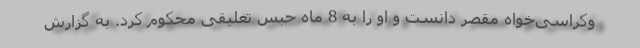
وکراسی‌خواه مقصر دانست و او را به 8 ماه حبس تعلیقی محکوم کرد. به گزارش